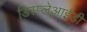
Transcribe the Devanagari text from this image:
डिस्प्लेआईडी